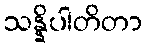
သန္နိပါတိတာ